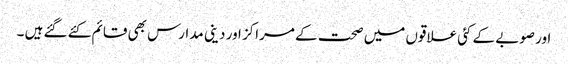
اور صوبے کے کئی علاقوں میں صحت کے مراکز اور دینی مدارس بھی قائم کئے گئے ہیں ۔